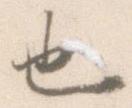
也